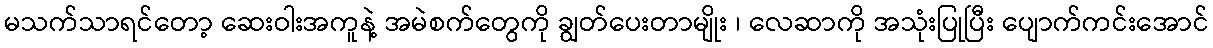
မသက်သာရင်တော့ ဆေးဝါးအကူနဲ့ အမဲစက်တွေကို ချွတ်ပေးတာမျိုး ၊ လေဆာကို အသုံးပြုပြီး ပျောက်ကင်းအောင်